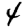
Digit: 4